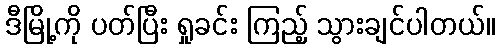
ဒီမြို့ကို ပတ်ပြီး ရှုခင်း ကြည့် သွားချင်ပါတယ်။